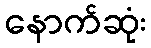
နောက်ဆုံး